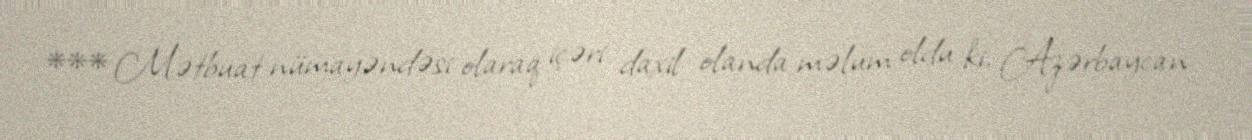
*** Mətbuat nümayəndəsi olaraq içəri daxil olanda məlum oldu ki, Azərbaycan